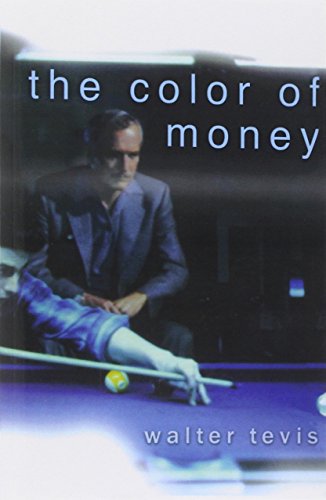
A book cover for The Color of Money; Walter Tevis; Sports & Outdoors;